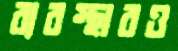
ব্যবস্থারও